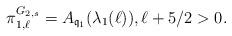
LaTeX: \begin{align*} \pi^{G_{2,s}}_{1,\ell} = A_{{\mathfrak q}_1}(\lambda_1(\ell)),\ell+5/2 > 0.\end{align*}